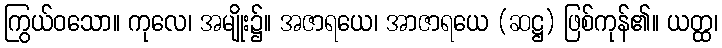
ကြွယ်ဝသော။ ကုလေ၊ အမျိုး၌။ အဇာရယေ၊ အာဇာရယေ (ဆဋ္ဌ) ဖြစ်ကုန်၏။ ယတ္ထ၊